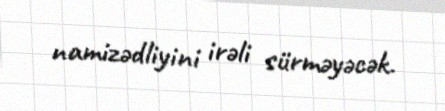
namizədliyini irəli sürməyəcək.